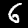
Digit: 6